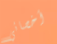
أخصائي